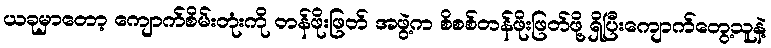
ယခုမှာတော့ ကျောက်စိမ်းတုံးကို တန်ဖိုးဖြတ် အဖွဲ့က စိစစ်တန်ဖိုးဖြတ်ဖို့ ရှိပြီးကျောက်တွေ့သူနဲ့